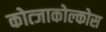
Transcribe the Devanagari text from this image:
कोत्जाकोल्कोस